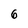
Character: 6